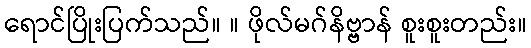
ရောင်ပြိုးပြက်သည်။ ။ ဖိုလ်မဂ်နိဗ္ဗာန် စူးစူးတည်း။